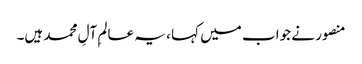
منصور نے جواب میں کہا ، یہ عالمِ آلِ محمد ہیں۔